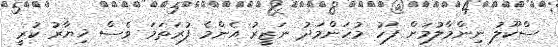
ސްކޫލު ނިންމާލުމަށް ފަހު މުހަންމަދު ނަޒީރު އެންމެ ފުރަތަމަ ވެސް ޚިޔާރު ކުރީ